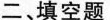
二、填空题